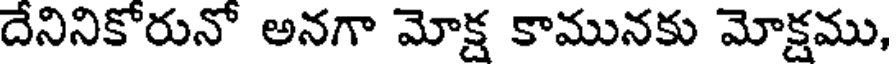
దేనినికోరునో అనగా మోక్ష కామునకు మోక్షము,